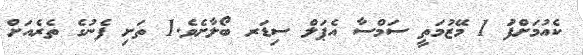
ކެއުމަށްފަު 1 މޭޒުމަތީ ސަމްސާ އެޕަލް ސިޑަރ ބޯލާށެވެ.1 ތަށި ފެނުގެ ތެރެއަށް